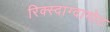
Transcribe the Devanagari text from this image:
रिक्स्दाग्दामोट